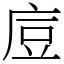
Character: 㢄